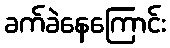
ခက်ခဲနေကြောင်း